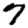
Digit: 7